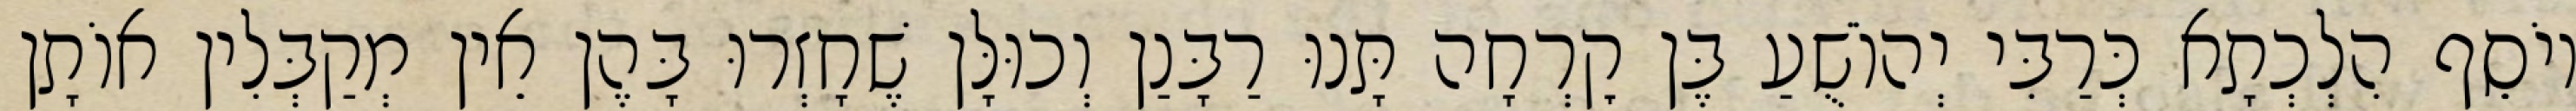
יוֹסֵף הִלְכְתָא כְּרַבִּי יְהוֹשֻׁעַ בֶּן קׇרְחָה תָּנוּ רַבָּנַן וְכוּלָּן שֶׁחָזְרוּ בָּהֶן אֵין מְקַבְּלִין אוֹתָן